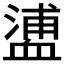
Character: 𧗉